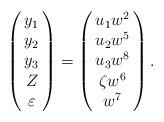
LaTeX: \begin{align*}\left(\begin{array}{@{\,}c@{\,}}y_1 \\y_2 \\y_3 \\Z \\\varepsilon \end{array}\right) = \left(\begin{array}{@{\,}c@{\,}}u_{1}w^{2} \\u_{2}w^{5} \\u_{3}w^{8} \\\zeta w^{6} \\ w^{7}\end{array}\right).\end{align*}